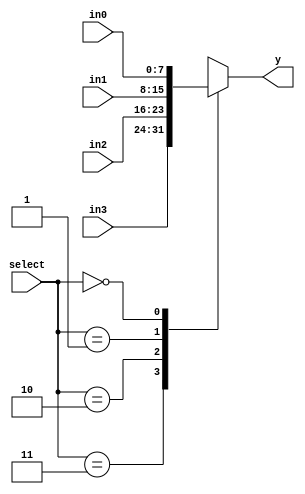
module N_Bit_4_to_1_MUX_using_case #(
    parameter N = 8 // Default width is 8 bits
)(
    input [1:0] select,       // 2-bit select signal
    input [N-1:0] in3,        // N-bit input 3
    input [N-1:0] in2,        // N-bit input 2
    input [N-1:0] in1,        // N-bit input 1
    input [N-1:0] in0,        // N-bit input 0
    output reg [N-1:0] y      // N-bit output
);

    // N-bit 4-to-1 multiplexer using case structure
    always @(*) begin
        case (select)
            2'b11: y = in3;
            2'b10: y = in2;
            2'b01: y = in1;
            2'b00: y = in0;
            default: y = {N{1'b0}};
        endcase
    end

endmodule